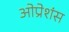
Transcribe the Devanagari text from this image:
ओप्रेशंस